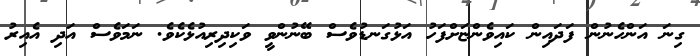
ގިނަ އަންހެނުން ފަދައިން ކައިވެންޏަށްފަހު އަޅުގަނޑުވެސް ބޭނުންވީ ވަކިދިރިއުޅެކެވެ. ނަމަވެސް އަދި އެއިރު